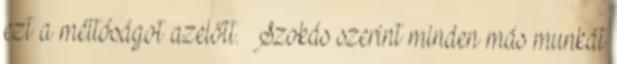
ezt a méltóságot azelőtt.» Szokás szerint minden más munkát